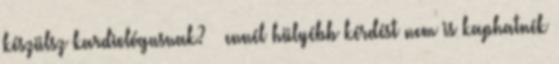
készülsz kardiológusnak? – ennél hülyébb kérdést nem is kaphatnék